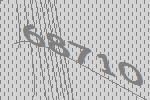
68710